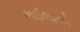
ભઈલાઓ